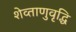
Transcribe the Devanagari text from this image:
शेव्ताणुवृद्धि